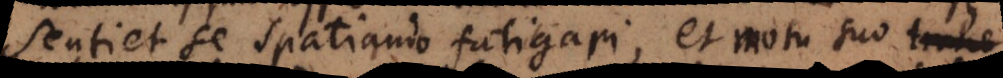
sentiet se spatiando fatigari, et motu suo